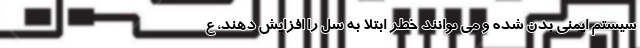
سیستم ایمنی بدن شده و می توانند خطر ابتلا به سل را افزایش دهند، ع